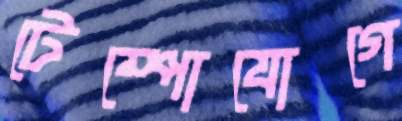
টেম্পোযোগে